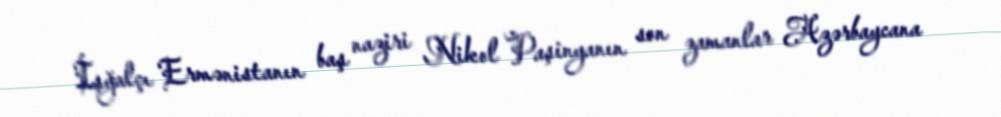
İşğalçı Ermənistanın baş naziri Nikol Paşinyanın son zamanlar Azərbaycana